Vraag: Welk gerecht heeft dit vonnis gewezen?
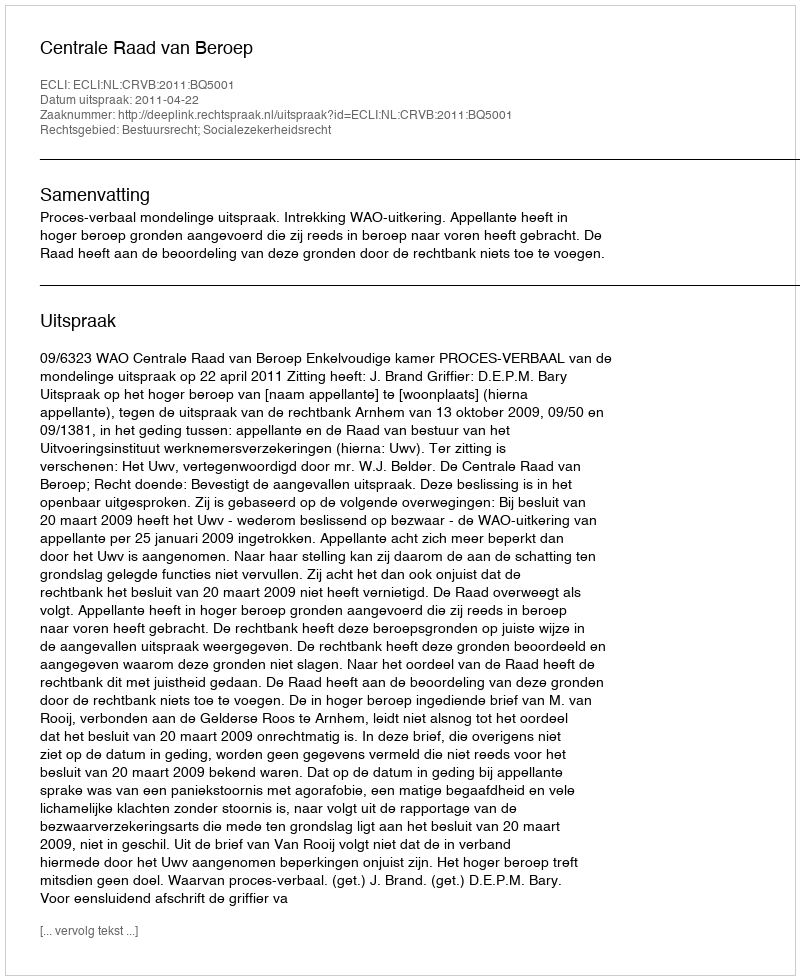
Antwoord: Centrale Raad van Beroep